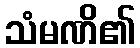
သံမဏိ၏